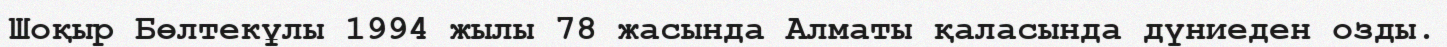
Шоқыр Бөлтекұлы 1994 жылы 78 жасында Алматы қаласында дүниеден озды.